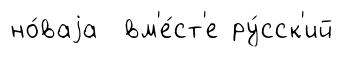
но́ваjа вм'е́ст'е ру́сск'ий